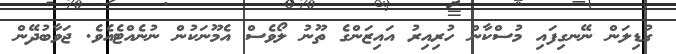
ގުޑިލަން ނޭނގިފައި މުސްކާން ހުރިއިރު އައިޒަންގެ ތޫނު ލޯވެސް އެމޫނަކުން ނުނެއްޓެއެވެ. ޖަވާބުދޭން